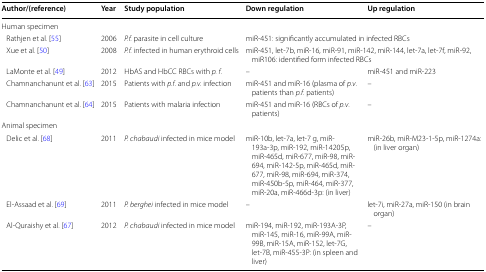
<table><thead><tr><td><b>Author/(reference)</b></td><td><b>Year</b></td><td><b>Study population</b></td><td><b>Down regulation</b></td><td><b>Up regulation</b></td></tr></thead><tbody><tr><td colspan="5">Human specimen</td></tr><tr><td> Rathjen et al. [55]</td><td>2006</td><td><i>P.f.</i> parasite in cell culture</td><td colspan="2">miR-451: significantly accumulated in infected RBCs</td></tr><tr><td> Xue et al. [50]</td><td>2008</td><td><i>P.f.</i> infected in human erythroid cells</td><td colspan="2">miR-451, let-7b, miR-16, miR-91, miR-142, miR-144, let-7a, let-7f, miR-92, miR106: identified form infected RBCs</td></tr><tr><td> LaMonte et al. [49]</td><td>2012</td><td>HbAS and HbCC RBCs with <i>p. f</i>.</td><td>–</td><td>miR-451 and miR-223</td></tr><tr><td> Chamnanchanunt et al. [63]</td><td>2015</td><td>Patients with <i>p.f</i>. and <i>p.v.</i> infection</td><td>miR-451 and miR-16 (plasma of <i>p.v</i>. patients than <i>p.f</i>. patients)</td><td>–</td></tr><tr><td> Chamnanchanunt et al. [64]</td><td>2015</td><td>Patients with malaria infection</td><td>miR-451 and miR-16 (RBCs of <i>p.v</i>. patients)</td><td>–</td></tr><tr><td colspan="5">Animal specimen</td></tr><tr><td> Delic et al. [68]</td><td>2011</td><td><i>P. chabaudi</i> infected in mice model</td><td>miR-10b, let-7a, let-7 g, miR-193a-3p, miR-192, miR-14205p, miR-465d, miR-677, miR-98, miR-694, miR-142-5p, miR-465d, miR-677, miR-98, miR-694, miR-374, miR-450b-5p, miR-464, miR-377, miR-20a, miR-466d-3p: (in liver)</td><td>miR-26b, miR-M23-1-5p, miR-1274a: (in liver organ)</td></tr><tr><td> El-Assaad et al. [69]</td><td>2011</td><td><i>P. berghei</i> infected in mice model</td><td>–</td><td>let-7i, miR-27a, miR-150 (in brain organ)</td></tr><tr><td> Al-Quraishy et al. [67]</td><td>2012</td><td><i>P. chabaudi</i> infected in mice model</td><td>miR-194, miR-192, miR-193A-3P, miR-145, miR-16, miR-99A, miR-99B, miR-15A, miR-152, let-7G, let-7B, miR-455-3P: (in spleen and liver)</td><td>–</td></tr></tbody></table>